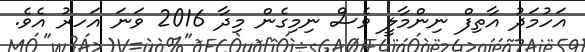
އަހުމަދު އާތިފް ނިންމާލީ ވެސް ނިމިގެން މިދާ 2016 ވަނަ އަހރު އެވެ.